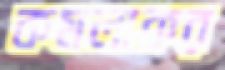
কমলাকর